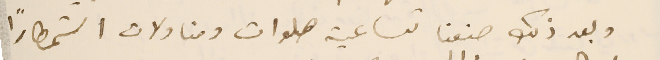
وبعد ذلك صنعنا تساعية صلوات ومناولات استمطارًا